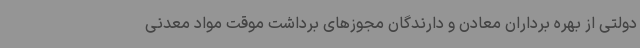
دولتی از بهره برداران معادن و دارندگان مجوزهای برداشت موقت مواد معدنی